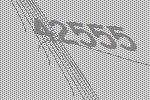
42555